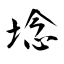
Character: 埝